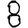
Digit: 8